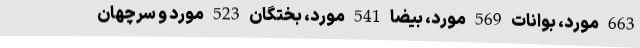
663 مورد، بوانات 569 مورد، بیضا 541 مورد، بختگان 523 مورد و سرچهان